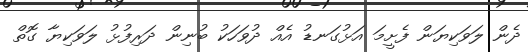
ދެން ލަވަކިޔަން ފެށީމަ އަޅުގަނޑު އެއް ދުވަހަކު ބުނިން ދަރިފުޅު ލަވަކިޔާ ގޮތް